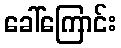
ခေါ်ကြောင်း